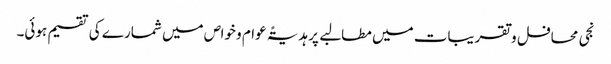
نجی محافل و تقریبات میں مطالبے پر ہدیۃً عوام و خواص میں شمارے کی تقسیم ہوئی۔